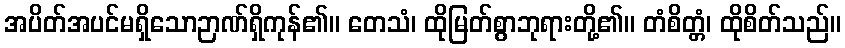
အပိတ်အပင်မရှိသောဉာဏ်ရှိကုန်၏။ တေသံ၊ ထိုမြတ်စွာဘုရားတို့၏။ တံစိတ္တံ၊ ထိုစိတ်သည်။